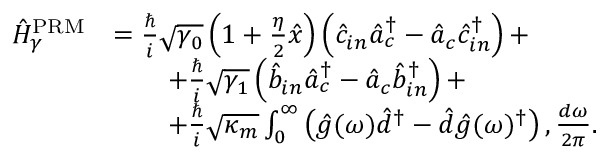
\begin{array} { r l } { \hat { H } _ { \gamma } ^ { \mathrm { P R M } } } & { = \frac { \hslash } { i } \sqrt { \gamma _ { 0 } } \left( 1 + \frac { \eta } { 2 } \hat { x } \right) \left( \hat { c } _ { i n } \hat { a } _ { c } ^ { \dagger } - \hat { a } _ { c } \hat { c } _ { i n } ^ { \dag } \right) + } \\ & { \qquad + \frac { \hslash } { i } \sqrt { \gamma _ { 1 } } \left( \hat { b } _ { i n } \hat { a } _ { c } ^ { \dagger } - \hat { a } _ { c } \hat { b } _ { i n } ^ { \dag } \right) + } \\ & { \qquad + \frac { \hslash } { i } \sqrt { \kappa _ { m } } \int _ { 0 } ^ { \infty } \left( \hat { g } ( \omega ) \hat { d } ^ { \dagger } - \hat { d } \hat { g } ( \omega ) ^ { \dag } \right) , \frac { d \omega } { 2 \pi } . } \end{array}